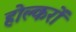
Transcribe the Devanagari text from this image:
होल्करों